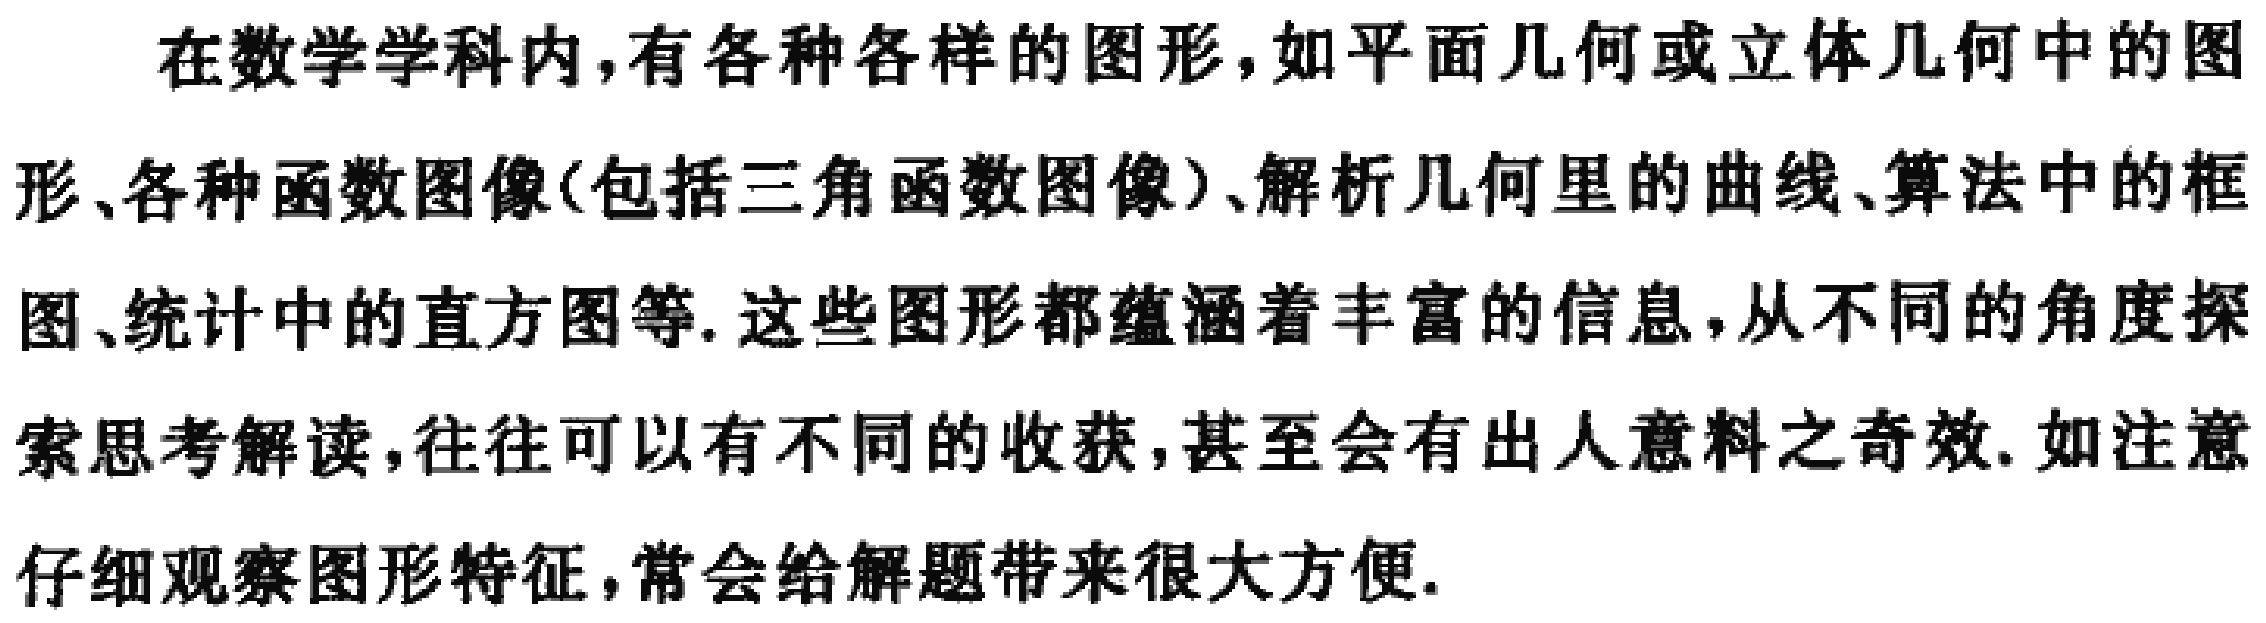
在数学学科内,有各种各样的图形,如平面几何或立体几何中的图形、各种函数图像(包括三角函数图像)、解析几何里的曲线、算法中的框图、统计中的直方图等. 这些图形都蕴涵着丰富的信息,从不同的角度探索思考解读,往往可以有不同的收获,甚至会有出人意料之奇效. 如注意仔细观察图形特征,常会给解题带来很大方便.